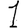
Digit: 1